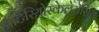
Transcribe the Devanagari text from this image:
आर्टेरियोस्केलेरोसिस